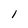
Character: 1